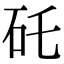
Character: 矺